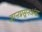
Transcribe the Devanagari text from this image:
ज्ञानप्रसूनअंबा